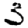
Digit: 3